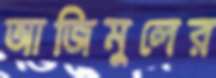
আজিমুলের